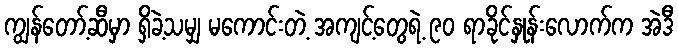
ကျွန်တော့်ဆီမှာ ရှိခဲ့သမျှ မကောင်းတဲ့ အကျင့်တွေရဲ့ ၉၀ ရာခိုင်နှုန်းလောက်က အဲဒီ